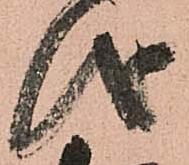
儀